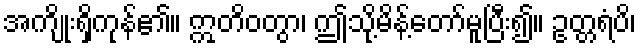
အကျိုးရှိကုန်၏။ ဣတိဝတွာ၊ ဤသို့မိန့်တော်မူပြီး၍။ ဥတ္တရံပိ၊